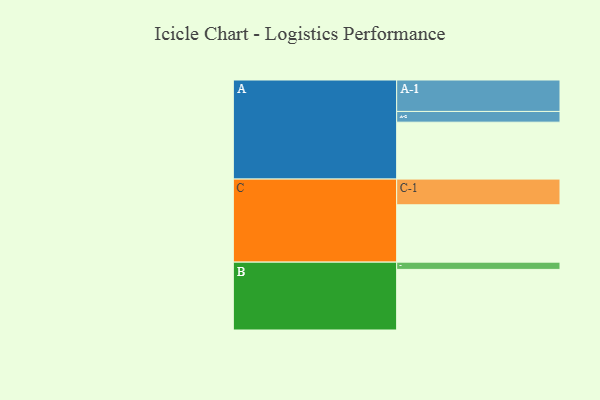
{"axis": {"x": "Segment", "y": "Value"}, "legend": ["", "A", "B", "C"], "data": [{"x": "A", "y": 525, "type": ""}, {"x": "B", "y": 559, "type": ""}, {"x": "C", "y": 529, "type": ""}, {"x": "A-1", "y": 290, "type": "A"}, {"x": "A-2", "y": 99, "type": "A"}, {"x": "B-1", "y": 67, "type": "B"}, {"x": "C-1", "y": 237, "type": "C"}]}